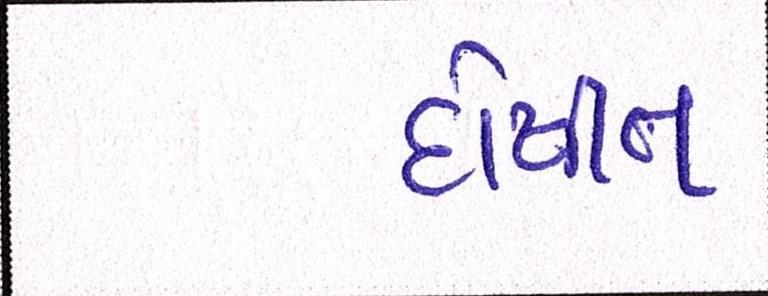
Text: દોષીત